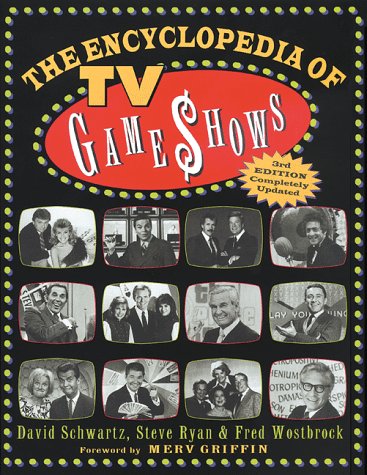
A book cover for The Encyclopedia of TV Game Shows; David Schwartz; Humor & Entertainment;